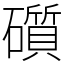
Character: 礩